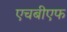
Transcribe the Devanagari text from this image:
एचबीएफ